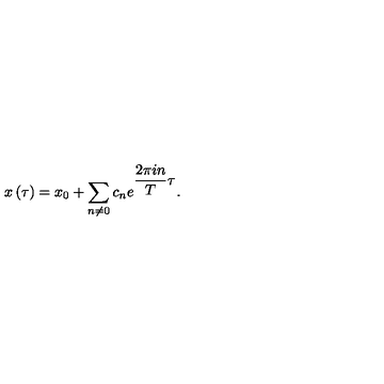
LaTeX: x \left( \tau \right) = x _ { 0 } + \sum _ { n \neq 0 } c _ { n } e ^ { \displaystyle \frac { 2 \pi i n } { T } \tau } .